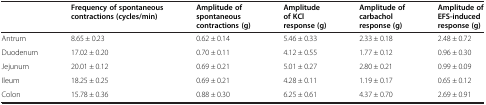
<table><thead><tr><td></td><td><b>Frequency of spontaneous contractions (cycles/min)</b></td><td><b>Amplitude of spontaneous contractions (g)</b></td><td><b>Amplitude of KCl response (g)</b></td><td><b>Amplitude of carbachol response (g)</b></td><td><b>Amplitude of EFS-induced response (g)</b></td></tr></thead><tbody><tr><td>Antrum</td><td>8.65 ± 0.23</td><td>0.62 ± 0.14</td><td>5.46 ± 0.33</td><td>2.33 ± 0.18</td><td>2.48 ± 0.72</td></tr><tr><td>Duodenum</td><td>17.02 ± 0.20</td><td>0.70 ± 0.11</td><td>4.12 ± 0.55</td><td>1.77 ± 0.12</td><td>0.96 ± 0.30</td></tr><tr><td>Jejunum</td><td>20.01 ± 0.12</td><td>0.69 ± 0.21</td><td>5.01 ± 0.27</td><td>2.80 ± 0.21</td><td>0.99 ± 0.09</td></tr><tr><td>Ileum</td><td>18.25 ± 0.25</td><td>0.69 ± 0.21</td><td>4.28 ± 0.11</td><td>1.19 ± 0.17</td><td>0.65 ± 0.12</td></tr><tr><td>Colon</td><td>15.78 ± 0.36</td><td>0.88 ± 0.30</td><td>6.25 ± 0.61</td><td>4.37 ± 0.70</td><td>2.69 ± 0.91</td></tr></tbody></table>